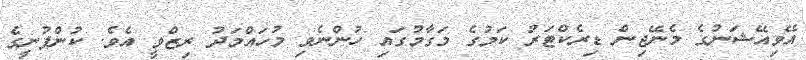
އޭވިއޭޝަނުގެ މެނޭޖިން ޑިރެކްޓަރު ކަމުގެ މަގާމުގައި ހުންނެވި މުހައްމަދު ރިޒްވީ އެވެ. ކުންފުނީގެ